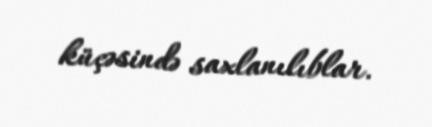
küçəsində saxlanılıblar.